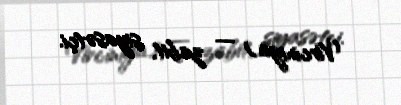
Virciniya) — zabit, siyasətçi.